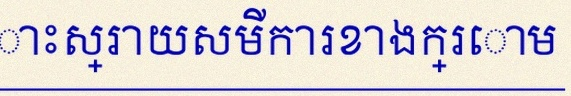
ដោះស្រាយសមីការខាងក្រោម